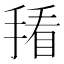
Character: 𪮒